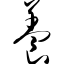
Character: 养